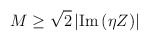
\begin{align*}M\geq\sqrt{2}\left|{\rm Im}\,(\eta Z)\right|\end{align*}